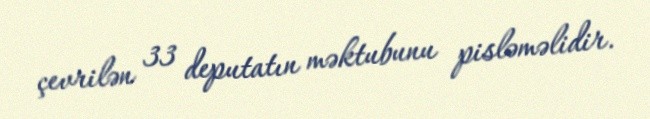
çevrilən 33 deputatın məktubunu pisləməlidir.